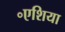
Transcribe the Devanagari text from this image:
॰एशिया